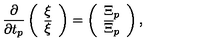
\frac { \partial } { \partial t _ { p } } \left( \begin{array} { c c } { \xi } \\ { { \overline { \xi } } } \\ \end{array} \right) = \left( \begin{array} { c c } { { \Xi } _ { p } } \\ { { \overline { \Xi } } _ { p } } \\ \end{array} \right) ,